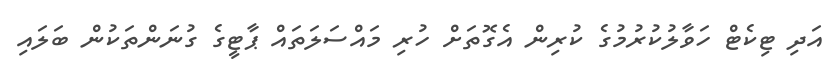
އަދި ޓިކެޓް ހަވާލުކުރުމުގެ ކުރިން އެގޮތަށް ހުރި މައްސަލަތައް ޕާޓީގެ ގުނަންތަކުން ބަލައި